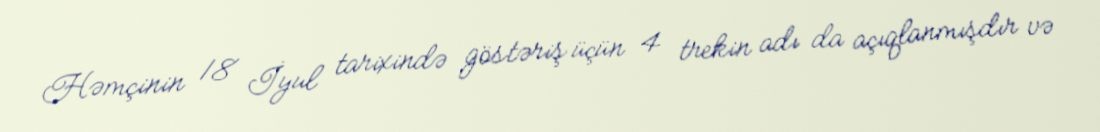
Həmçinin 18 İyul tarixində göstəriş üçün 4 trekin adı da açıqlanmışdır və